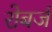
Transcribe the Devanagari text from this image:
रोबर्ज